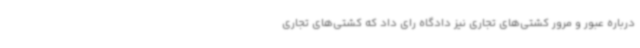
درباره عبور و مرور کشتی‌های تجاری نیز دادگاه رای داد که کشتی‌های تجاری